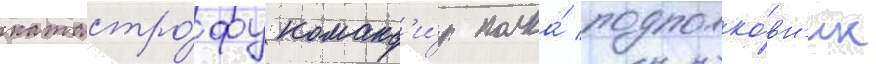
катастро́фу команд'и́р полка́ подполко́вн'ик